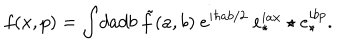
f ( x , p ) = \int \! d a d b ~ \tilde { f } ( a , b ) ~ e ^ { i \hbar a b / 2 } ~ e _ { \star } ^ { i a x } \star e _ { \star } ^ { i b p } .